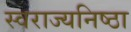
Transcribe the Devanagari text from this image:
स्वराज्यनिष्ठा